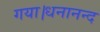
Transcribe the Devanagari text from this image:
गया।धनानन्द